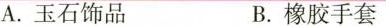
A.玉石饰品 B.橡胶手套